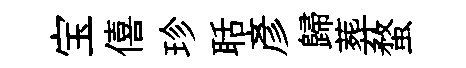
宝僖珍聒彥歸葬蝥